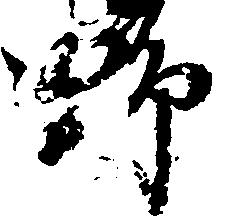
野